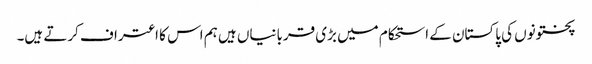
پختونوں کی پاکستان کے استحکام میں بڑی قربانیاں ہیں ہم اس کا اعتراف کرتے ہیں۔